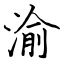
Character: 渝